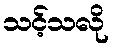
သင့်သလို